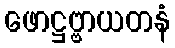
ဖောဋ္ဌဗ္ဗာယတနံ